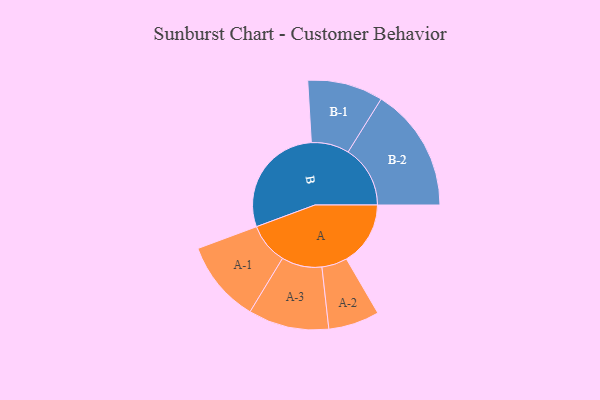
{"axis": {"x": "Segment", "y": "Value"}, "legend": ["", "A", "B"], "data": [{"x": "A", "y": 276, "type": ""}, {"x": "B", "y": 494, "type": ""}, {"x": "A-1", "y": 177, "type": "A"}, {"x": "A-2", "y": 110, "type": "A"}, {"x": "A-3", "y": 174, "type": "A"}, {"x": "B-1", "y": 163, "type": "B"}, {"x": "B-2", "y": 268, "type": "B"}]}